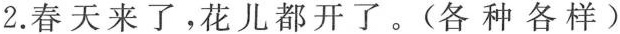
2.春天来了，花儿都开了。（各种各样）